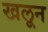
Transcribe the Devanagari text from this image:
खलून